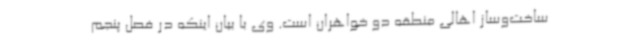
ساخت‌وساز اهالی منطقه دو خواهران است. وی با بیان اینکه در فصل پنجم